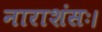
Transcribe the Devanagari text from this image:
नाराशंसः।